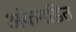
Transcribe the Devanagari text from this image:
अंकगडित